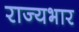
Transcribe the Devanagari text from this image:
राज्‍यभार